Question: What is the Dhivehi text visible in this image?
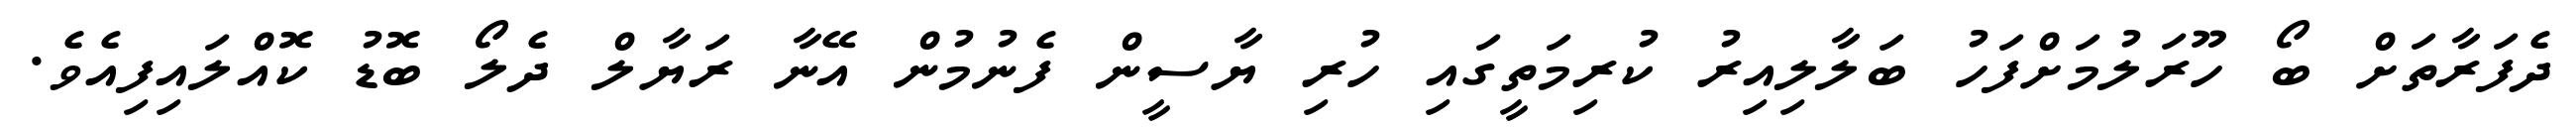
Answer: ދެފަރާތަށް ބޯ ހޫރަލުމަށްފަހު ބަލާލިއިރު ކުރިމަތީގައި ހުރި ޔާސީން ފެނުމުން އޭނާ ރަޔާލް ދެލޯ ބޮޑު ކޮއްލައިފިއެވެ.